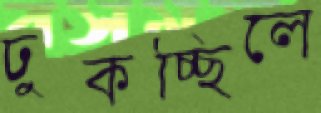
ঢুকচ্ছিলে